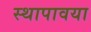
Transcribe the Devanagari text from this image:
स्थापावया